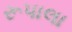
રૂપાલા